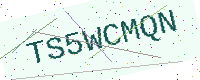
Text: TS5WCMQN